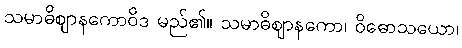
သမာဓိဈာနကောဝိဒ မည်၏။ သမာဓိဈာနကော၊ ဝိဓောသယော၊